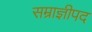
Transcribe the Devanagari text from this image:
सम्राज्ञीपद